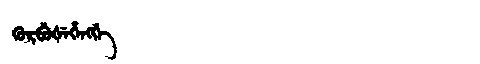
Manchu: ᡴᡠᡵᠪᡠᡧᡝᡥᡝᠩᡤᡝ
Romanization: KURBUŠEHENGGE